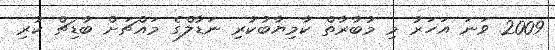
2009 ވަނަ އަހަރު މި މުބާރާތް ކާމިޔާބުކުރި ނަޑާލްގެ މައްޗަށް ބާޑިޗް ކުރި